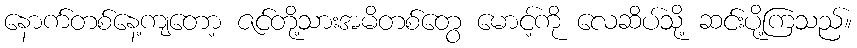
နောက်တစ်နေ့ကျတော့ ဇင်တို့သားအမိတစ်တွေ မောင့်ကို လေဆိပ်သို့ ဆင်းပို့ကြသည်။